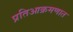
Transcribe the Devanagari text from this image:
प्रतिआक्रमणात